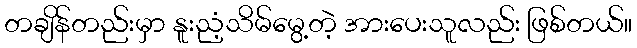
တချိန်တည်းမှာ နူးညံ့သိမ်မွေ့တဲ့ အားပေးသူလည်း ဖြစ်တယ်။